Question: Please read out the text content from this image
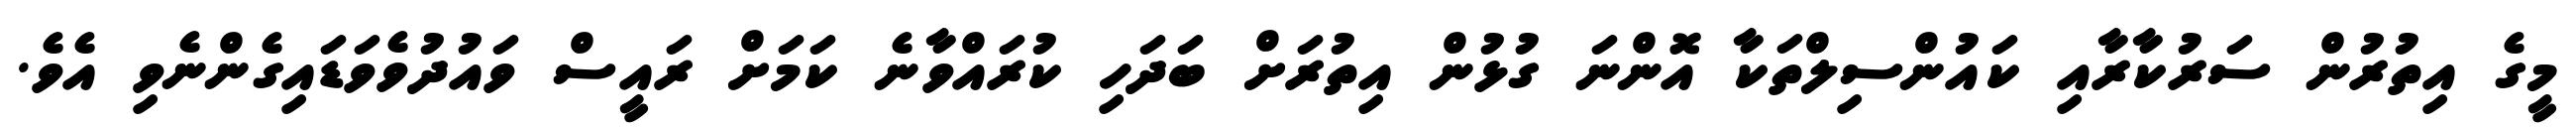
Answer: މީގެ އިތުރުން ސަރުކާރާއި ކައުންސިލްތަކާ އޮންނަ ގުޅުން އިތުރަށް ބަދަހި ކުރައްވާނެ ކަމަށް ރައީސް ވައުދުވެވަޑައިގެންނެވި އެވެ.